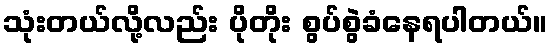
သုံးတယ်လို့လည်း ပိုတိုး စွပ်စွဲခံနေရပါတယ်။